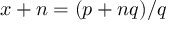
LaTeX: x + n = ( p + n q ) / q